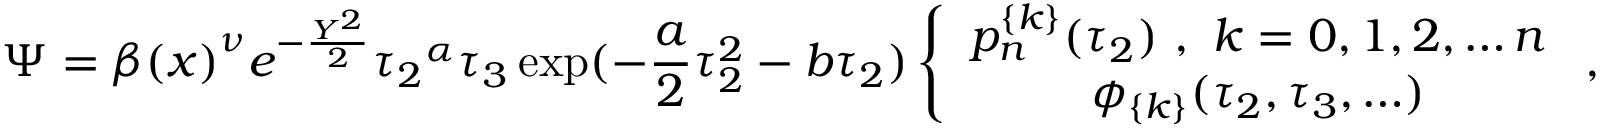
\Psi = { \beta ( x ) } ^ { \nu } e ^ { - \frac { Y ^ { 2 } } { 2 } } { \tau _ { 2 } } ^ { \alpha } \tau _ { 3 } \exp ( - \frac { a } { 2 } \tau _ { 2 } ^ { 2 } - b \tau _ { 2 } ) \left\{ \begin{array} { c } { { p _ { n } ^ { \{ k \} } ( \tau _ { 2 } ) \ , \ k = 0 , 1 , 2 , \ldots n } } \\ { { \phi _ { \{ k \} } ( \tau _ { 2 } , \tau _ { 3 } , \ldots ) } } \end{array} \ , \right.